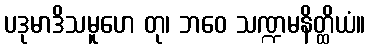
ပဒုမာဒိသမူဟေ တု၊ ဘဝေ သဏ္ဍမနိတ္ထိယံ။